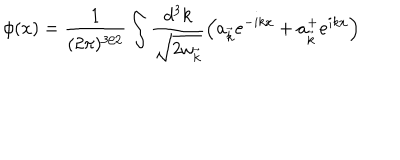
\phi ( x ) = \frac { 1 } { ( 2 \pi ) ^ { 3 / 2 } } \int \frac { d ^ { 3 } k } { \sqrt { 2 { \omega } _ { \vec { k } } } } \left( a _ { \vec { k } } e ^ { - i k x } + a _ { \vec { k } } ^ { + } e ^ { i k x } \right)